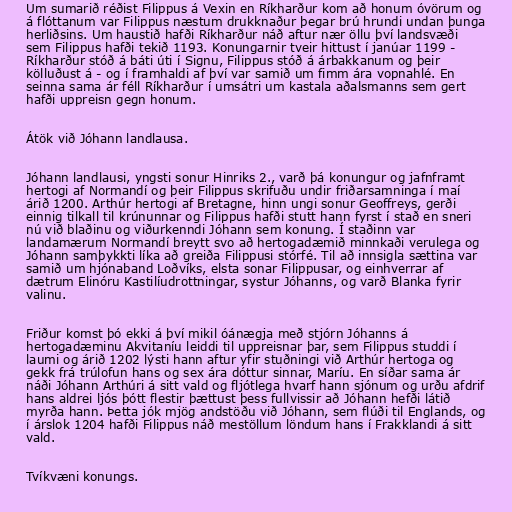
Um sumarið réðist Filippus á Vexin en Ríkharður kom að honum óvörum og
á flóttanum var Filippus næstum drukknaður þegar brú hrundi undan þunga
herliðsins. Um haustið hafði Ríkharður náð aftur nær öllu því landsvæði
sem Filippus hafði tekið 1193. Konungarnir tveir hittust í janúar 1199 -
Ríkharður stóð á báti úti í Signu, Filippus stóð á árbakkanum og þeir
kölluðust á - og í framhaldi af því var samið um fimm ára vopnahlé. En
seinna sama ár féll Ríkharður í umsátri um kastala aðalsmanns sem gert
hafði uppreisn gegn honum.

Átök við Jóhann landlausa.

Jóhann landlausi, yngsti sonur Hinriks 2., varð þá konungur og jafnframt
hertogi af Normandí og þeir Filippus skrifuðu undir friðarsamninga í maí
árið 1200. Arthúr hertogi af Bretagne, hinn ungi sonur Geoffreys, gerði
einnig tilkall til krúnunnar og Filippus hafði stutt hann fyrst í stað en sneri
nú við blaðinu og viðurkenndi Jóhann sem konung. Í staðinn var
landamærum Normandí breytt svo að hertogadæmið minnkaði verulega og
Jóhann samþykkti líka að greiða Filippusi stórfé. Til að innsigla sættina var
samið um hjónaband Loðvíks, elsta sonar Filippusar, og einhverrar af
dætrum Elinóru Kastilíudrottningar, systur Jóhanns, og varð Blanka fyrir
valinu.

Friður komst þó ekki á því mikil óánægja með stjórn Jóhanns á
hertogadæminu Akvitaníu leiddi til uppreisnar þar, sem Filippus studdi í
laumi og árið 1202 lýsti hann aftur yfir stuðningi við Arthúr hertoga og
gekk frá trúlofun hans og sex ára dóttur sinnar, Maríu. En síðar sama ár
náði Jóhann Arthúri á sitt vald og fljótlega hvarf hann sjónum og urðu afdrif
hans aldrei ljós þótt flestir þættust þess fullvissir að Jóhann hefði látið
myrða hann. Þetta jók mjög andstöðu við Jóhann, sem flúði til Englands, og
í árslok 1204 hafði Filippus náð mestöllum löndum hans í Frakklandi á sitt
vald.

Tvíkvæni konungs.